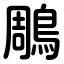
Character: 鵰